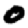
Digit: 0